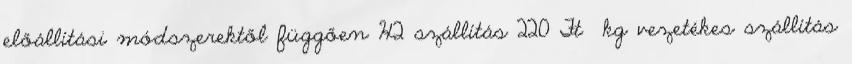
előállítási módszerektől függően H2 szállítás 220 Ft kg vezetékes szállítás